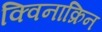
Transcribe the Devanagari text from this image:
क्विनाक्रिन